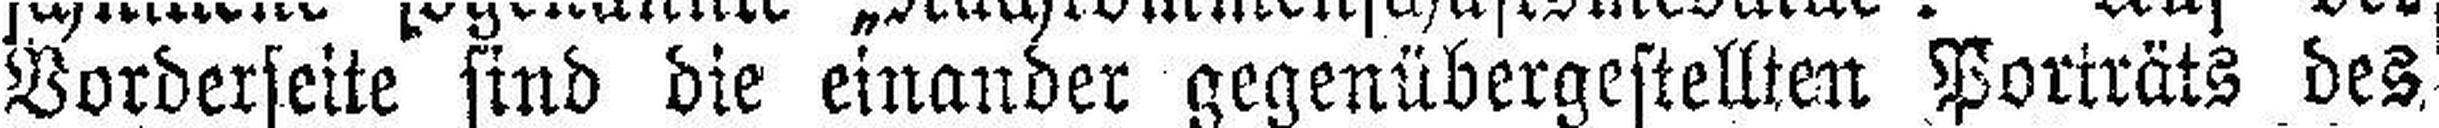
Vorderseite sind die einander gegenübergestellten Porträts des